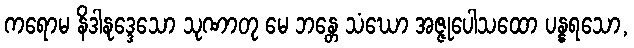
ကရောမ နိဒါနုဒ္ဒေသော သုဏာတု မေ ဘန္တေ သံဃော အဇ္ဇုပေါသထော ပန္နရသော,